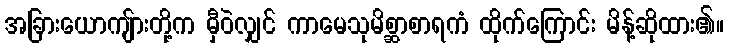
အခြားယောကျ်ားတို့က မှီဝဲလျှင် ကာမေသုမိစ္ဆာစာရကံ ထိုက်ကြောင်း မိန့်ဆိုထား၏။